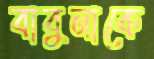
বাবুনাকে